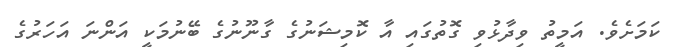
ކަމަށެވެ. އަމީތު ވިދާޅުވި ގޮތުގައި އާ ކޮމިޝަނުގެ ގާނޫނުގެ ބޭނުމަކީ އަންނަ އަހަރުގެ